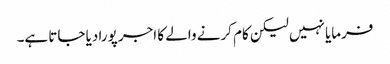
فرمایا نہیں لیکن کام کرنے والے کا اجر پورا دیا جاتا ہے۔